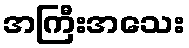
အကြီးအသေး